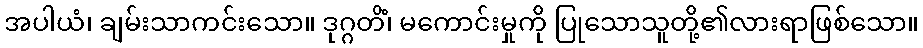
အပါယံ၊ ချမ်းသာကင်းသော။ ဒုဂ္ဂတိံ၊ မကောင်းမှုကို ပြုသောသူတို့၏လားရာဖြစ်သော။